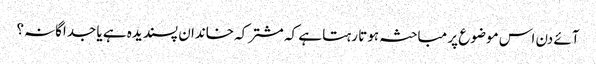
آئے دن اس موضوع پر مباحثہ ہوتا رہتا ہے کہ مشترکہ خاندان پسندیدہ ہے یا جداگانہ؟